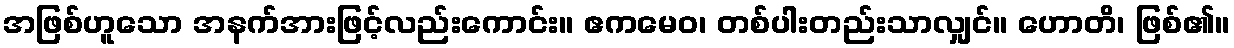
အဖြစ်ဟူသော အနက်အားဖြင့်လည်းကောင်း။ ဧကမေဝ၊ တစ်ပါးတည်းသာလျှင်။ ဟောတိ၊ ဖြစ်၏။